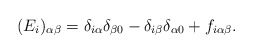
\begin{align*}(E_i)_{\alpha\beta} = \delta_{i\alpha} \delta_{\beta 0} - \delta_{i \beta}\delta_{\alpha 0} + f_{i\alpha\beta} .\end{align*}